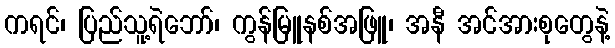
ကရင်၊ ပြည်သူ့ရဲဘော်၊ ကွန်မြူနစ်အဖြူ၊ အနီ အင်အားစုတွေနဲ့